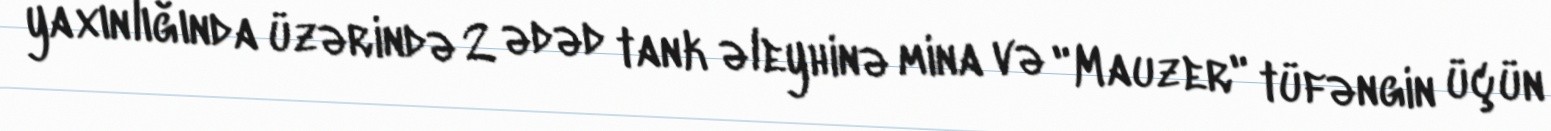
yaxınlığında üzərində 2 ədəd tank əleyhinə mina və "Mauzer" tüfəngin üçün